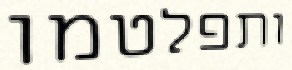
ותפלטמו